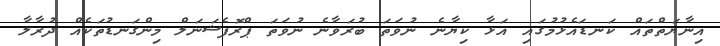
އިނާޔަތްތައް ކަނޑައެޅުމުގައި އަޅާ ކިޔާނެ ނުވަތަ ބުރަވާނެ ނުވަތަ ޕްރޮފެޝަނަލް މިންގަނޑުތަކެއް ދުރާލާ